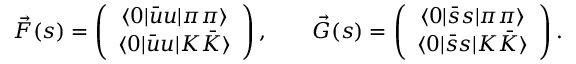
\vec { F } ( s ) = \left( \begin{array} { c } { { \langle 0 | \bar { u } u | \pi \pi \rangle } } \\ { { \langle 0 | \bar { u } u | K \bar { K } \rangle } } \end{array} \right) , \qquad \vec { G } ( s ) = \left( \begin{array} { c } { { \langle 0 | \bar { s } s | \pi \pi \rangle } } \\ { { \langle 0 | \bar { s } s | K \bar { K } \rangle } } \end{array} \right) .